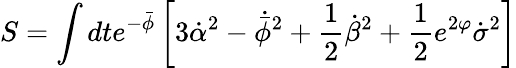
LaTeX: S=\int dte^{-\bar{\phi}}\left[3\dot{\alpha}^{2}-\dot{\bar{\phi}}^{2}+{\frac{1}{2}}\dot{\beta}^{2}+{\frac{1}{2}}e^{2\varphi}\dot{\sigma}^{2}\right]